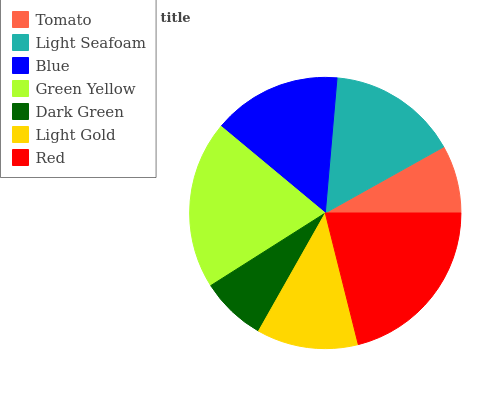
| Tomato | Light Seafoam | Blue | Green Yellow | Dark Green | Light Gold | Red |
 | --- | --- | --- | --- | --- | --- | --- |
 | 8.09% | 15.5% | 15.3% | 20% | 7.81% | 12.1% | 21.1% |